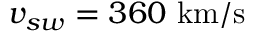
v _ { s w } = 3 6 0 ~ \mathrm { k m / s }